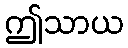
ဤသာယ